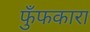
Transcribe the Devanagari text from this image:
फुँफकारा